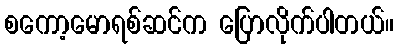
စကော့မောရစ်ဆင်က ပြောလိုက်ပါတယ်။